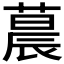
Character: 𬞀